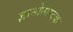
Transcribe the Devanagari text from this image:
ज्ञानोत्पादक